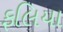
ફલિયા